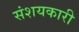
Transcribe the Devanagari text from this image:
संशयकारी